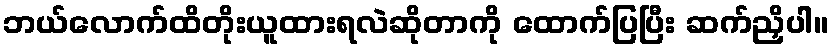
ဘယ်လောက်ထိတိုးယူထားရလဲဆိုတာကို ထောက်ပြပြီး ဆက်ညှိပါ။